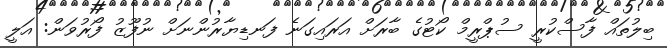
ބިލުތައް ފާސްކުރީ ސުޕްރީމް ކޯޓުގެ ބާރަށް އަރައިގަނެ ފަނޑިޔާރުންނަށް ނުފޫޒު ފޯރުވަން: އަލީ